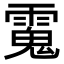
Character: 𩳧